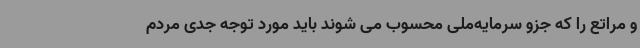
و مراتع را که جزو سرمایه‌ملی محسوب می شوند باید مورد توجه جدی مردم